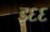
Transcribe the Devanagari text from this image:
इ६६